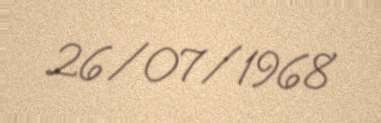
26/07/1968